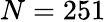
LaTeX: N=251